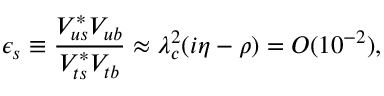
\epsilon _ { s } \equiv \frac { V _ { u s } ^ { \ast } V _ { u b } } { V _ { t s } ^ { \ast } V _ { t b } } \approx \lambda _ { c } ^ { 2 } ( i \eta - \rho ) = O ( 1 0 ^ { - 2 } ) ,